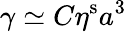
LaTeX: \gamma\simeq C\eta^{\mathrm{s}}a^{3}